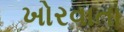
ખોરવાતા